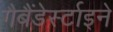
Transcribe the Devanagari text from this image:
गैबैंडेर्स्टाइने